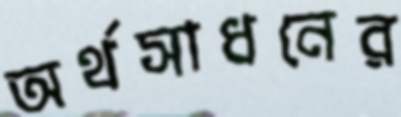
অর্থসাধনের